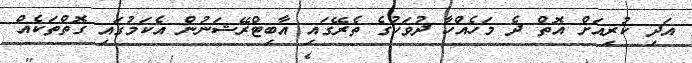
އަދި ކުރިއަށް އޮތް ދެ މަހެއްހާ ދުވަހުގެ ތެރޭގައި އާބިޓްރޭޝަނުން އެކަމުގައި ގޮތްތަކެއް